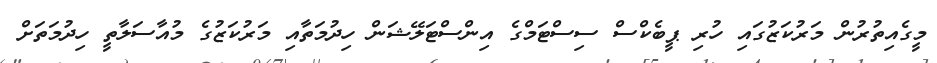
މީގެއިތުރުން މަރުކަޒުގައި ހުރި ޕީބެކްސް ސިސްޓަމްގެ އިންސްޓަލޭޝަން ހިދުމަތާއި މަރުކަޒުގެ މުއާސަލާތީ ހިދުމަތަށް